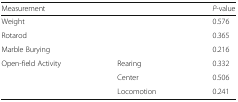
| <COLSPAN=2> Measurement | P-value |
 | --- | --- | --- |
 | <COLSPAN=2> Weight | 0.576 |
 | <COLSPAN=2> Rotarod | 0.365 |
 | <COLSPAN=2> Marble Burying | 0.216 |
 | <ROWSPAN=3> Open-field Activity | Rearing | 0.332 |
 | Center | 0.506 |
 | Locomotion | 0.241 |